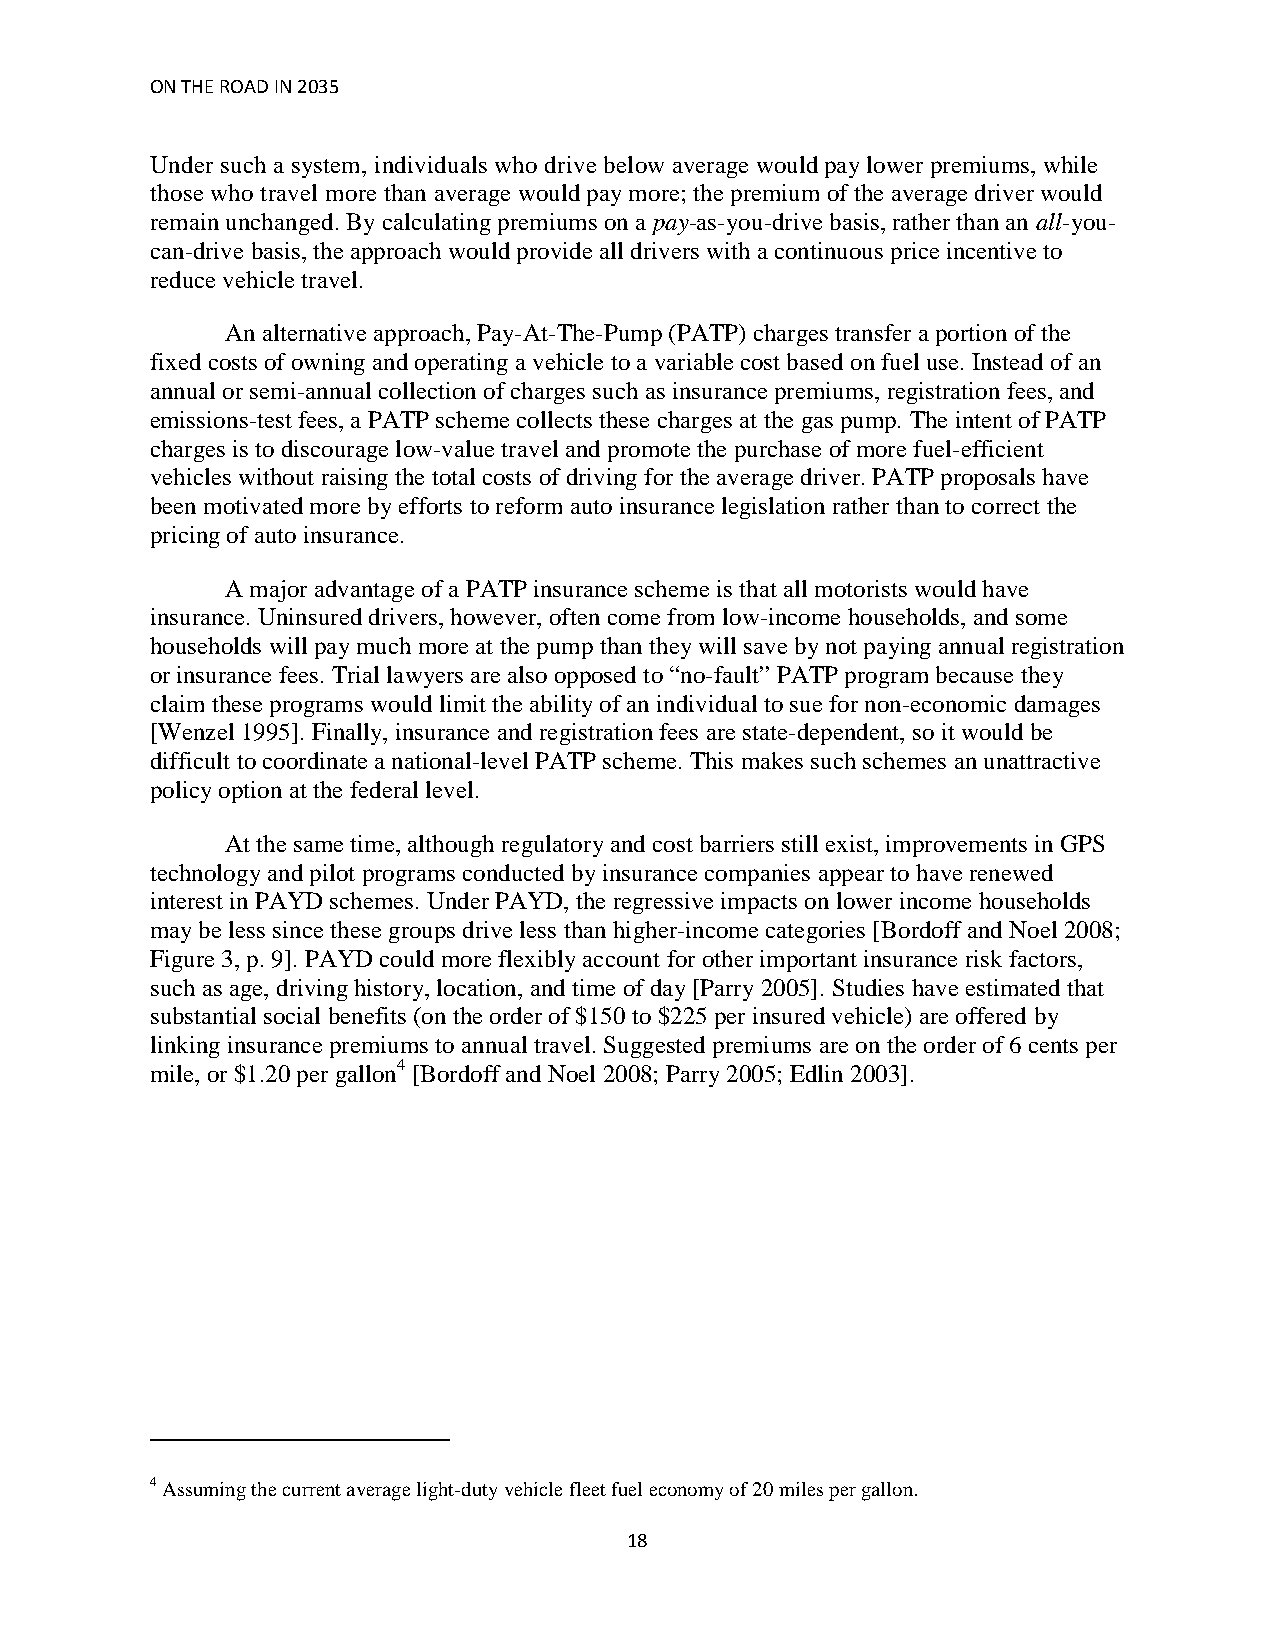
ON THE ROAD IN 2035
 Under such a system, individuals who drive below average would pay lower premiums, while
 those who travel more than average would pay more; the premium of the average driver would
 remain unchanged. By calculating premiums on a pay-as-you-drive basis, rather than an all-you-
 can-drive basis, the approach would provide all drivers with a continuous price incentive to
 reduce vehicle travel.
 An alternative approach, Pay-At-The-Pump (PATP) charges transfer a portion of the
 fixed costs of owning and operating a vehicle to a variable cost based on fuel use. Instead of an
 annual or semi-annual collection of charges such as insurance premiums, registration fees, and
 emissions-test fees, a PATP scheme collects these charges at the gas pump. The intent of PATP
 charges is to discourage low-value travel and promote the purchase of more fuel-efficient
 vehicles without raising the total costs of driving for the average driver. PATP proposals have
 been motivated more by efforts to reform auto insurance legislation rather than to correct the
 pricing of auto insurance.
 A major advantage of a PATP insurance scheme is that all motorists would have
 insurance. Uninsured drivers, however, often come from low-income households, and some
 households will pay much more at the pump than they will save by not paying annual registration
 or insurance fees. Trial lawyers are also opposed to “no-fault” PATP program because they
 claim these programs would limit the ability of an individual to sue for non-economic damages
 [Wenzel 1995]. Finally, insurance and registration fees are state-dependent, so it would be
 difficult to coordinate a national-level PATP scheme. This makes such schemes an unattractive
 policy option at the federal level.
 At the same time, although regulatory and cost barriers still exist, improvements in GPS
 technology and pilot programs conducted by insurance companies appear to have renewed
 interest in PAYD schemes. Under PAYD, the regressive impacts on lower income households
 may be less since these groups drive less than higher-income categories [Bordoff and Noel 2008;
 Figure 3, p. 9]. PAYD could more flexibly account for other important insurance risk factors,
 such as age, driving history, location, and time of day [Parry 2005]. Studies have estimated that
 substantial social benefits (on the order of $150 to $225 per insured vehicle) are offered by
 linking insurance premiums to annual travel. Suggested premiums are on the order of 6 cents per
 mile, or $1.20 per gallon4 [Bordoff and Noel 2008; Parry 2005; Edlin 2003].
 4 Assuming the current average light-duty vehicle fleet fuel economy of 20 miles per gallon.
 18